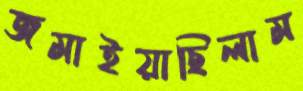
জমাইয়াছিলাম